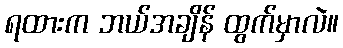
ရထားက ဘယ်အချိန် ထွက်မှာလဲ။